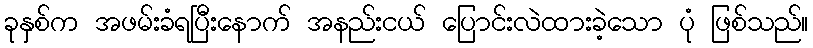
ခုနှစ်က အဖမ်းခံရပြီးနောက် အနည်းငယ် ပြောင်းလဲထားခဲ့သော ပုံ ဖြစ်သည်။